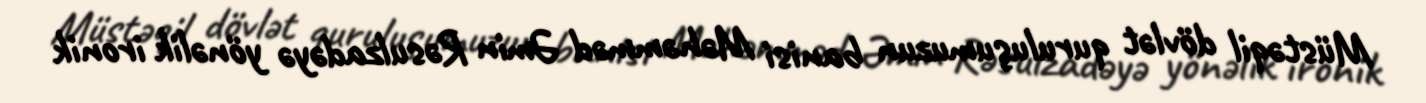
Müstəqil dövlət quruluşumuzun banisi Məhəmməd Əmin Rəsulzadəyə yönəlik ironik